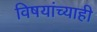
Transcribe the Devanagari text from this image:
विषयांच्याही